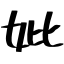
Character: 妣